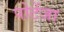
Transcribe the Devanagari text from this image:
पोटेंजा